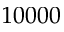
1 0 0 0 0